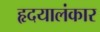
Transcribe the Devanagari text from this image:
हृदयालंकार